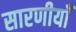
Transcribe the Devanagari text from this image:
सारणीयाँ